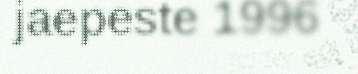
jaepeste 1996